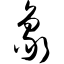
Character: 象